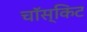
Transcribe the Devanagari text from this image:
चॉस्किट